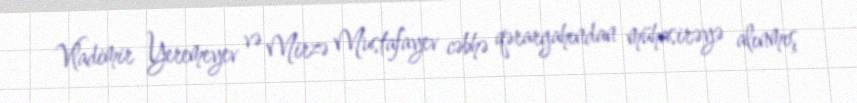
Vladimir Yeremeyev və Mirzə Mustafayev cəbhə qərargahından mühasirəyə alınmış